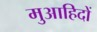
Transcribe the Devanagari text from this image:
मुआहिदों